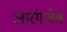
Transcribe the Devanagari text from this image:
आरंगजेब